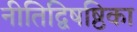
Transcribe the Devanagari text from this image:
नीतिद्विषष्ठिका